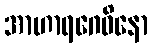
အာဟာရဂေဓိနော